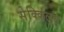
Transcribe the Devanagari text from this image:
सेक्किलुत्त